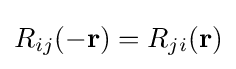
R_{ij}(-\mathbf {r} )=R_{ji}(\mathbf {r} )